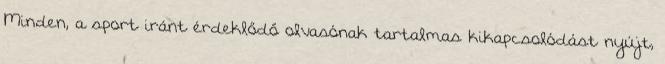
Minden, a sport iránt érdeklődő olvasónak tartalmas kikapcsolódást nyújt,